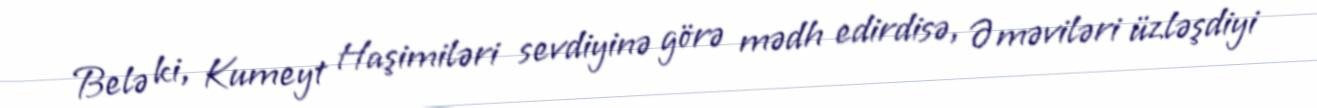
Belə ki, Kumeyt Haşimiləri sevdiyinə görə mədh edirdisə, Əməviləri üzləşdiyi